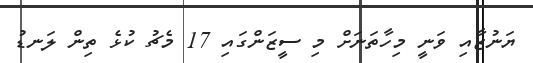
ޔަނުޒާއި ވަނީ މިހާތަނަށް މި ސީޒަންގައި 17 މެޗު ކުޅެ ތިން ލަނޑު